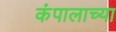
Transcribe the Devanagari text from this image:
कंपालाच्या